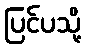
ပြင်ပသို့